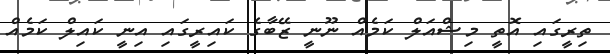
ތިރީގައި އޮތީ މިޝްއަލް ކަމެއް ނޫނީ ޒޭބާގެ ކައިރީގައި އިނީ ކައިލް ކަމެއް